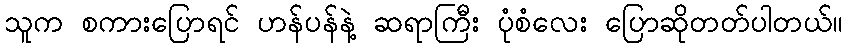
သူက စကားပြောရင် ဟန်ပန်နဲ့ ဆရာကြီး ပုံစံလေး ပြောဆိုတတ်ပါတယ်။